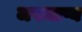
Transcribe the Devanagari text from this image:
जपजाप्य